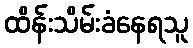
ထိန်းသိမ်းခံနေရသူ